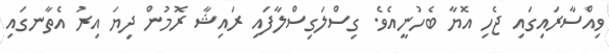
ވިއްސާރައިގައި ޖެހި އޮޔާ ބެހުނީއެވެ. ގިސްލަގިސްލާފައި ރައިޝާ ރޮމުން ދިޔަ އިރު އެތާނގައި